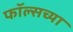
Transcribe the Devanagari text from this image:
फॉल्सच्या